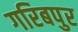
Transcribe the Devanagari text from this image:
गरिबपुर